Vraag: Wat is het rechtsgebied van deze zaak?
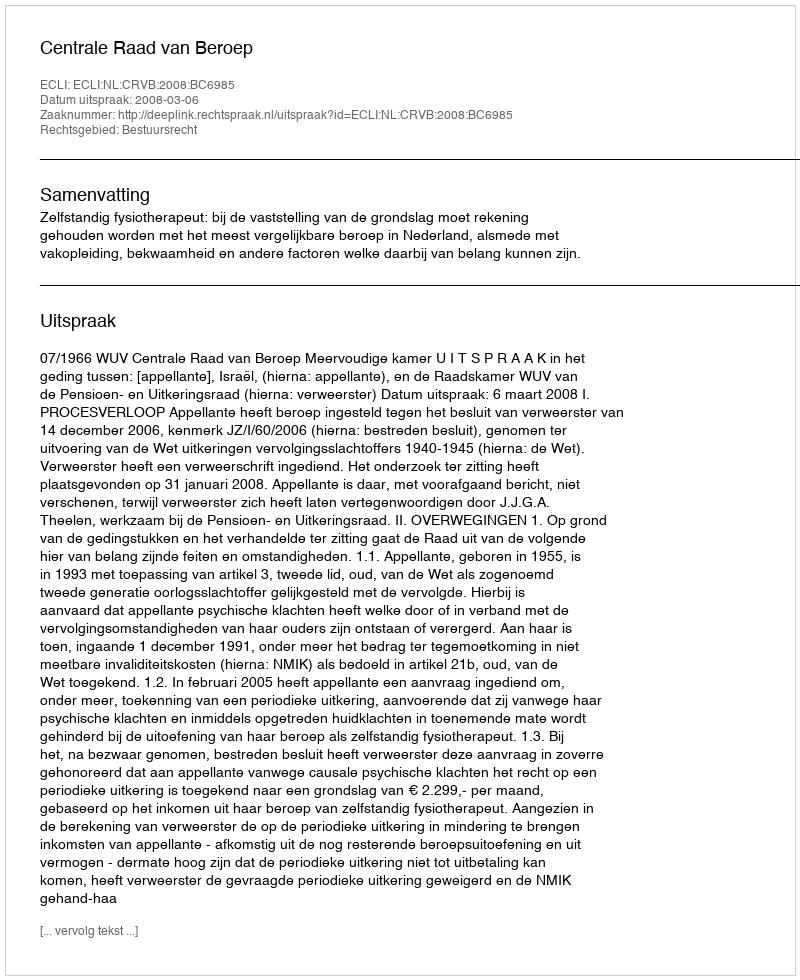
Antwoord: Bestuursrecht